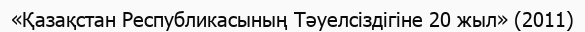
«Қазақстан Республикасының Тәуелсіздігіне 20 жыл» (2011)